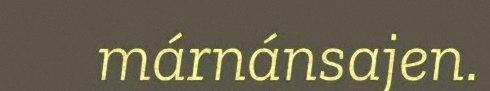
márnánsajen.